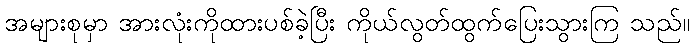
အများစုမှာ အားလုံးကိုထားပစ်ခဲ့ပြီး ကိုယ်လွတ်ထွက်ပြေးသွားကြ သည်။